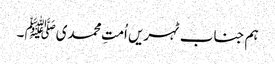
ہم جناب ٹہریں اُمتِ محمدیﷺ ۔